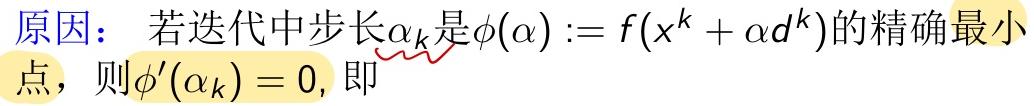
原因：若迭代中步长$\alpha_k$是$\phi(\alpha) := f(x^k + \alpha d^k)$的精确最小点，则$\phi'(\alpha_k) = 0$, 即